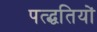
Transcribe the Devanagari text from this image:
पत्द्धतियों